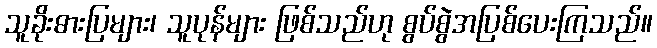
သူခိုးဓားပြများ၊ သူပုန်များ ဖြစ်သည်ဟု စွပ်စွဲအပြစ်ပေးကြသည်။